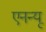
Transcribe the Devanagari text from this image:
एनन्यू